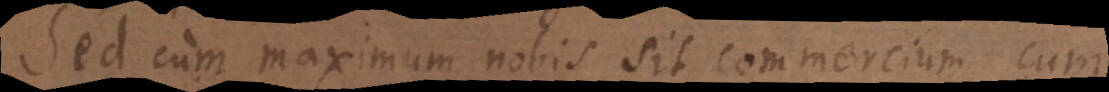
Sed cum maximum nobis sit commercium cum